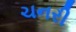
ચનરી